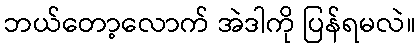
ဘယ်တော့လောက် အဲဒါကို ပြန်ရမလဲ။